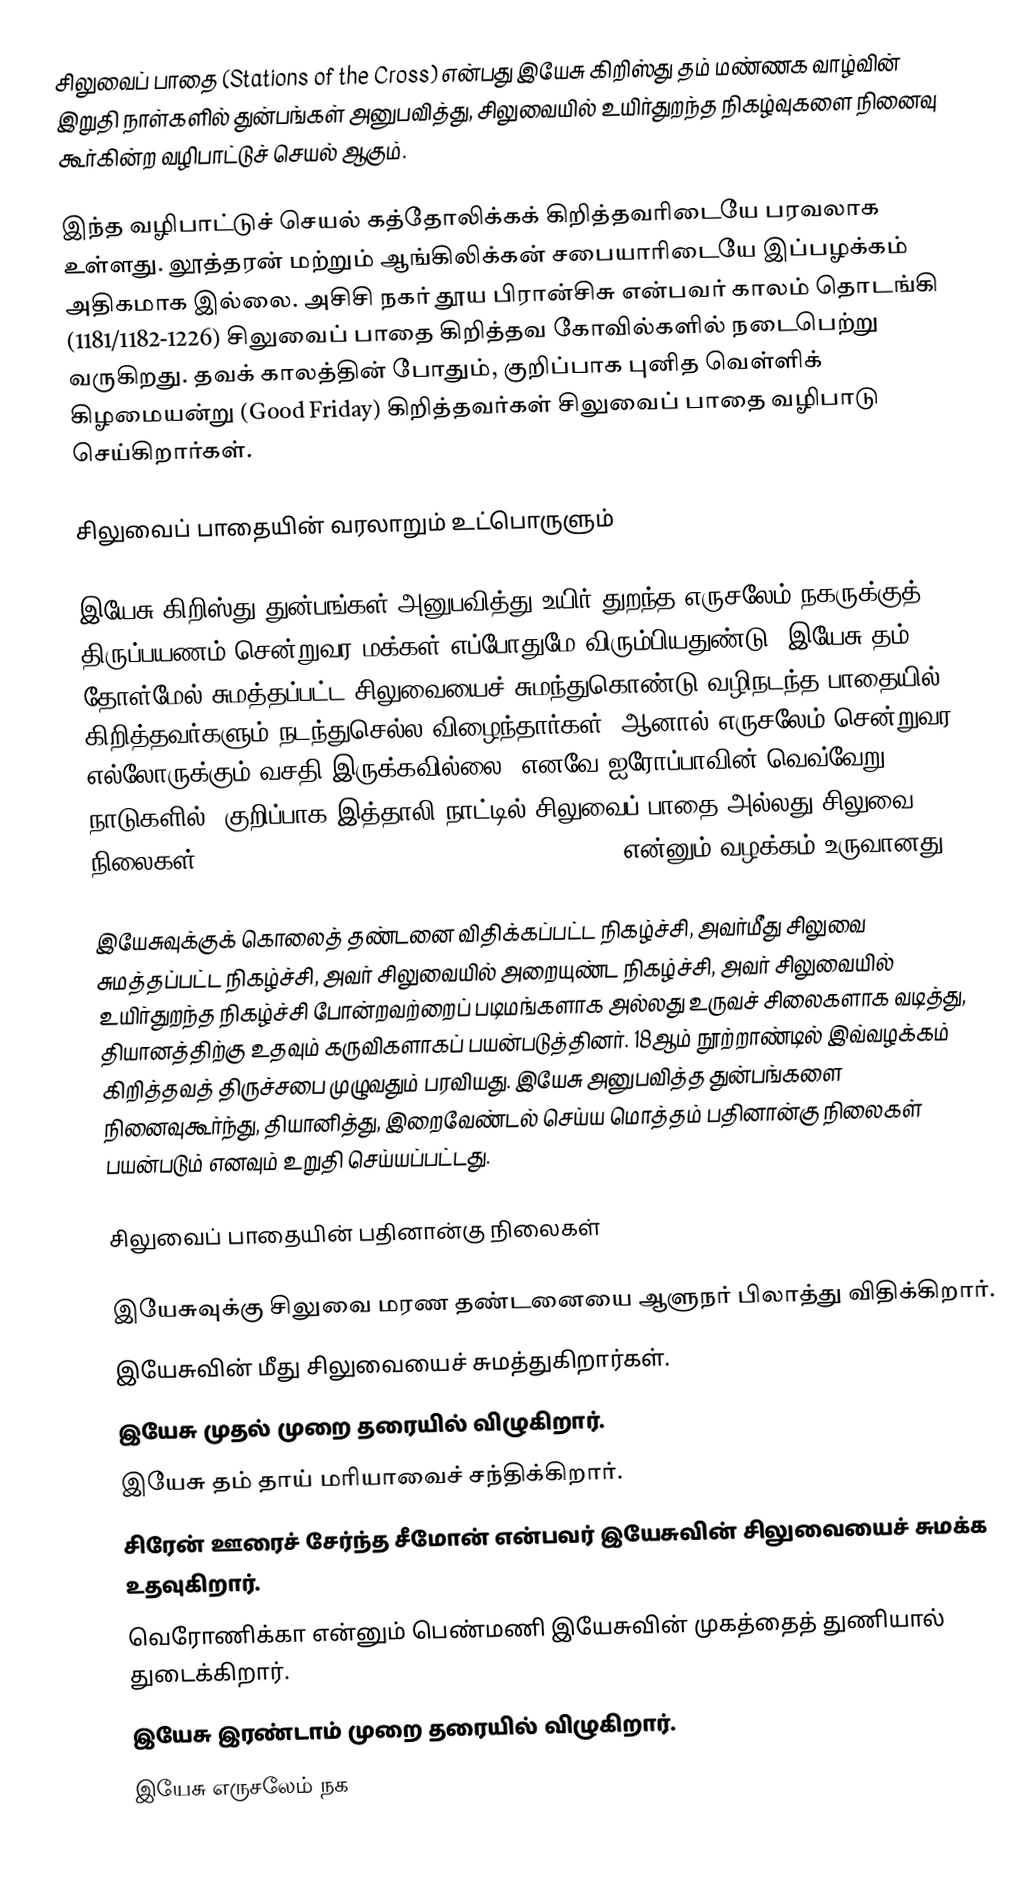
சிலுவைப் பாதை (Stations of the Cross) என்பது இயேசு கிறிஸ்து தம் மண்ணக வாழ்வின் இறுதி நாள்களில் துன்பங்கள் அனுபவித்து, சிலுவையில் உயிர்துறந்த நிகழ்வுகளை நினைவு கூர்கின்ற வழிபாட்டுச் செயல் ஆகும்.

இந்த வழிபாட்டுச் செயல் கத்தோலிக்கக் கிறித்தவரிடையே பரவலாக உள்ளது. லூத்தரன் மற்றும் ஆங்கிலிக்கன் சபையாரிடையே இப்பழக்கம் அதிகமாக இல்லை. அசிசி நகர் தூய பிரான்சிசு என்பவர் காலம் தொடங்கி (1181/1182-1226) சிலுவைப் பாதை கிறித்தவ கோவில்களில் நடைபெற்று வருகிறது. தவக் காலத்தின் போதும், குறிப்பாக புனித வெள்ளிக் கிழமையன்று (Good Friday) கிறித்தவர்கள் சிலுவைப் பாதை வழிபாடு செய்கிறார்கள்.

சிலுவைப் பாதையின் வரலாறும் உட்பொருளும்

இயேசு கிறிஸ்து துன்பங்கள் அனுபவித்து உயிர் துறந்த எருசலேம் நகருக்குத் திருப்பயணம் சென்றுவர மக்கள் எப்போதுமே விரும்பியதுண்டு. இயேசு தம் தோள்மேல் சுமத்தப்பட்ட சிலுவையைச் சுமந்துகொண்டு வழிநடந்த பாதையில் கிறித்தவர்களும் நடந்துசெல்ல விழைந்தார்கள். ஆனால் எருசலேம் சென்றுவர எல்லாேருக்கும் வசதி இருக்கவில்லை. எனவே ஐரோப்பாவின் வெவ்வேறு நாடுகளில், குறிப்பாக இத்தாலி நாட்டில் சிலுவைப் பாதை அல்லது சிலுவை நிலைகள் (Way of the Cross or Stations of the Cross) என்னும் வழக்கம் உருவானது.

இயேசுவுக்குக் கொலைத் தண்டனை விதிக்கப்பட்ட நிகழ்ச்சி, அவர்மீது சிலுவை சுமத்தப்பட்ட நிகழ்ச்சி, அவர் சிலுவையில் அறையுண்ட நிகழ்ச்சி, அவர் சிலுவையில் உயிர்துறந்த நிகழ்ச்சி போன்றவற்றைப் படிமங்களாக அல்லது உருவச் சிலைகளாக வடித்து, தியானத்திற்கு உதவும் கருவிகளாகப் பயன்படுத்தினர். 18ஆம் நூற்றாண்டில் இவ்வழக்கம் கிறித்தவத் திருச்சபை முழுவதும் பரவியது. இயேசு அனுபவித்த துன்பங்களை நினைவுகூர்ந்து, தியானித்து, இறைவேண்டல் செய்ய மொத்தம் பதினான்கு நிலைகள் பயன்படும் எனவும் உறுதி செய்யப்பட்டது.

சிலுவைப் பாதையின் பதினான்கு நிலைகள்

 இயேசுவுக்கு சிலுவை மரண தண்டனையை ஆளுநர் பிலாத்து விதிக்கிறார்.
 இயேசுவின் மீது சிலுவையைச் சுமத்துகிறார்கள்.
 இயேசு முதல் முறை தரையில் விழுகிறார்.
 இயேசு தம் தாய் மரியாவைச் சந்திக்கிறார்.
 சிரேன் ஊரைச் சேர்ந்த சீமோன் என்பவர் இயேசுவின் சிலுவையைச் சுமக்க  உதவுகிறார்.
 வெரோணிக்கா என்னும் பெண்மணி இயேசுவின் முகத்தைத் துணியால் துடைக்கிறார்.
 இயேசு இரண்டாம் முறை தரையில் விழுகிறார்.
 இயேசு எருசலேம் நக